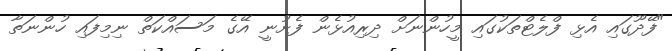
"ފޭދޫގައި އެޅި ފްލެޓްތަކުގައި މީހުންނަށް ދިރިއުޅެން ފެށުނީ އޭގެ މަސައްކަތް ނިމިފައި ހުންނަތާ